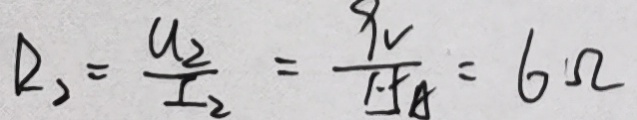
R _ { 2 } = \frac { u _ { 2 } } { I _ { 2 } } = \frac { 9 V } { 1 . 5 A } = 6 \Omega